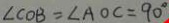
\angle C O B = \angle A O C = 9 0 ^ { \circ }